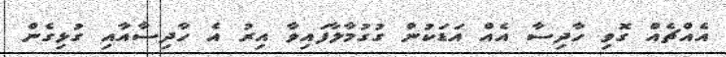
އެއްޗެއް ގޮވި ހާދިސާ އެއް އަޑަކުން ގުގުމާލާފައިވާ އިރު އެ ހާދިސާއާއި ގުޅިގެން